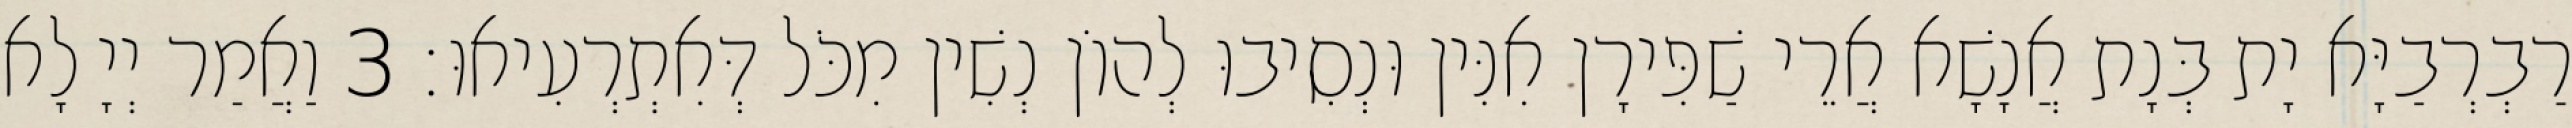
רַבְרְבַיָּא יָת בְּנָת אֲנָשָׁא אֲרֵי שַׁפִּירָן אִנִּין וּנְסִיבוּ לְהוֹן נְשִׁין מִכֹּל דְּאִתְרְעִיאוּ׃ 3 וַאֲמַר יְיָ לָא